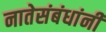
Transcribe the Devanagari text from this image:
नातेसंबंधांनी